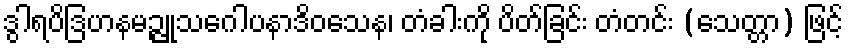
ဒွါရပိဒြဟနမဉ္ဇူသဂေါပနာဒိဝသေန၊ တံခါးကို ပိတ်ခြင်း တံတင်း (သေတ္တာ) ဖြင့်